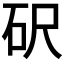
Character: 𥐮